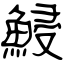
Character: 鮼